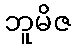
ဘူမိဇ